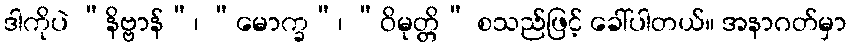
ဒါကိုပဲ “နိဗ္ဗာန်”၊ “မောက္ခ”၊ “ဝိမုတ္တိ” စသည်ဖြင့် ခေါ်ပါတယ်။ အနာဂတ်မှာ